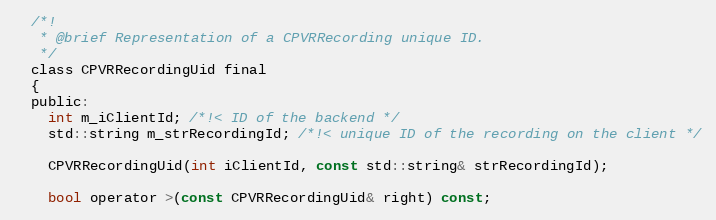
Language: C
  /*!
   * @brief Representation of a CPVRRecording unique ID.
   */
  class CPVRRecordingUid final
  {
  public:
    int m_iClientId; /*!< ID of the backend */
    std::string m_strRecordingId; /*!< unique ID of the recording on the client */

    CPVRRecordingUid(int iClientId, const std::string& strRecordingId);

    bool operator >(const CPVRRecordingUid& right) const;